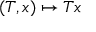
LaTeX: ( T , x ) \mapsto T x